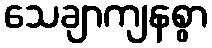
သေချာကျနစွာ